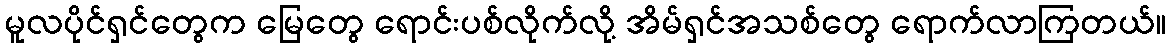
မူလပိုင်ရှင်တွေက မြေတွေ ရောင်းပစ်လိုက်လို့ အိမ်ရှင်အသစ်တွေ ရောက်လာကြတယ်။